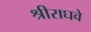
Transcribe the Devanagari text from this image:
श्रीराघवे